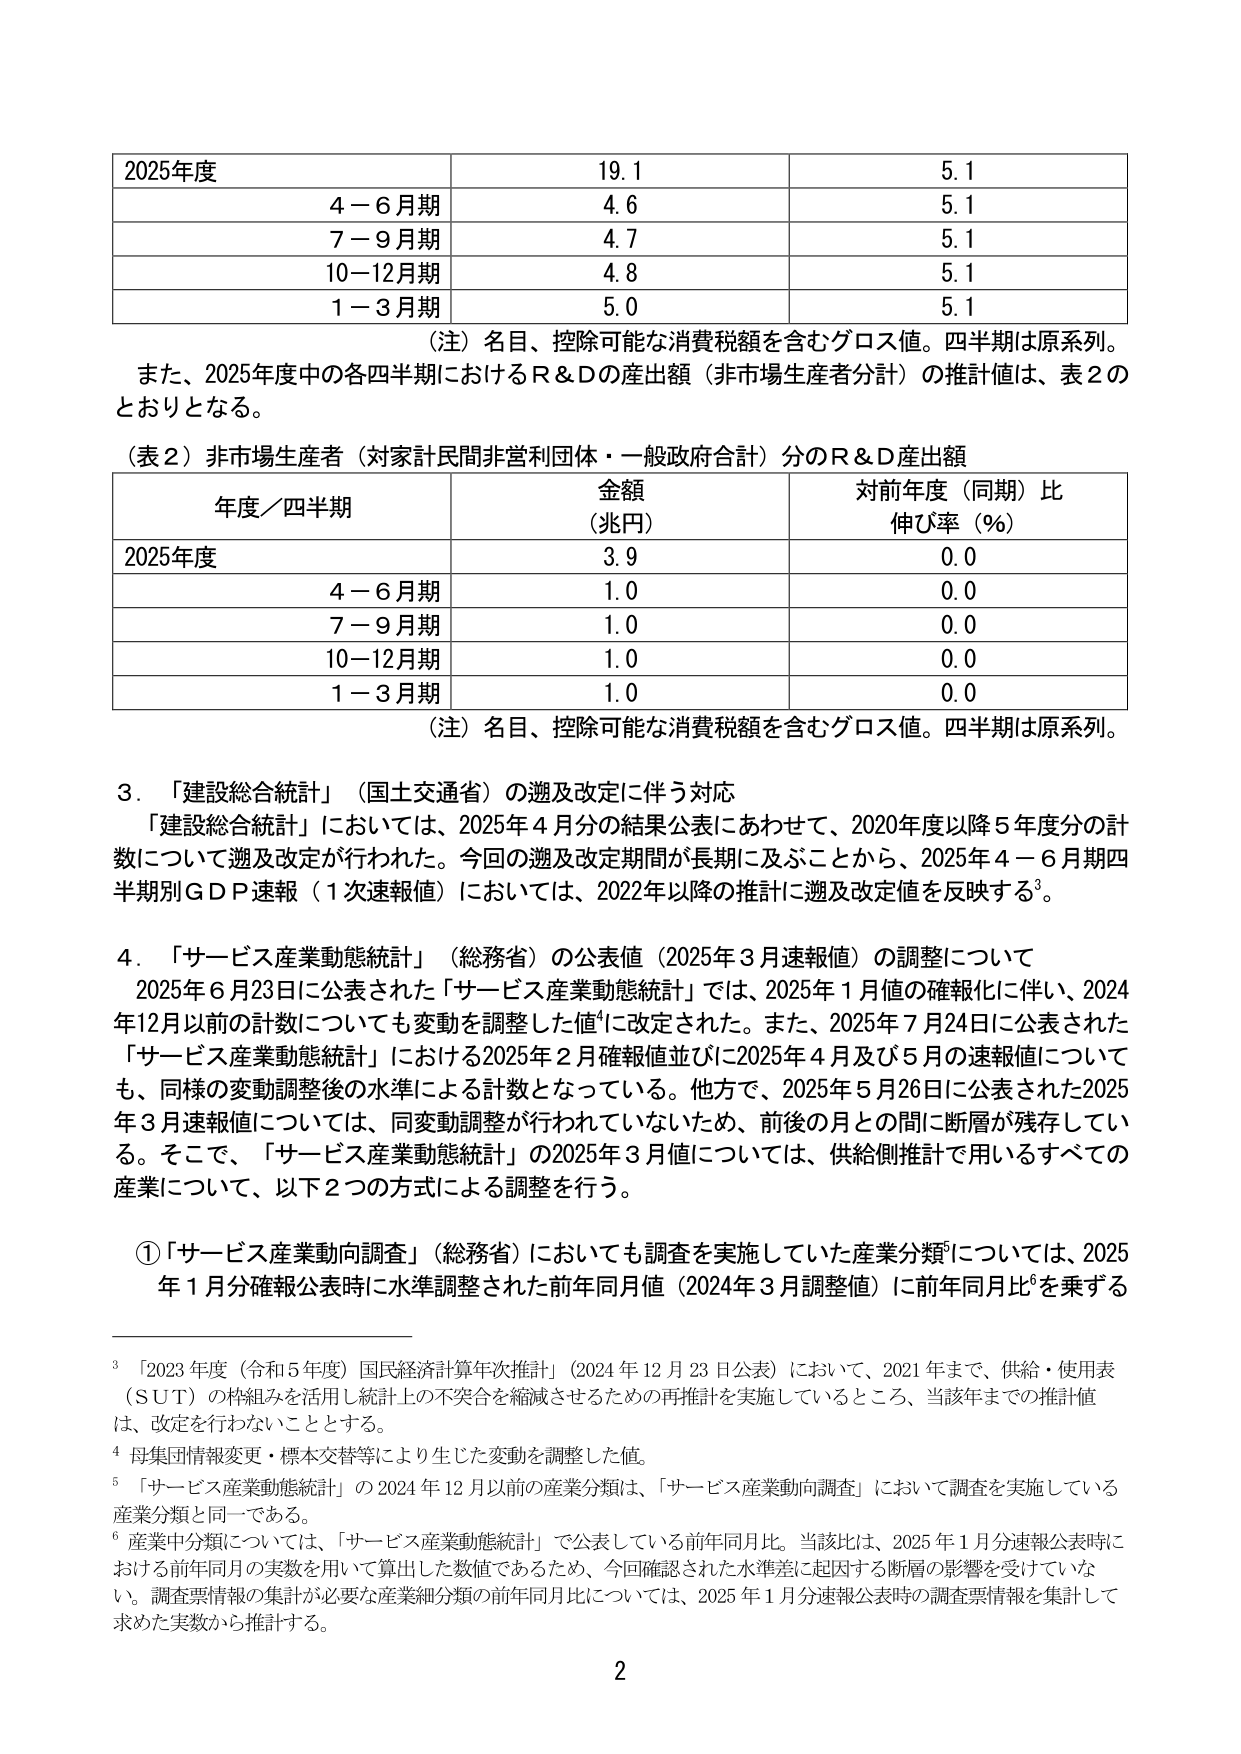
2025年度 19.1 5.1
4－6月期 4.6 5.1
7－9月期 4.7 5.1
10－12月期 4.8 5.1
1－3月期 5.0 5.1
（注）名目、控除可能な消費税額を含むグロス値。四半期は原系列。
また、2025年度中の各四半期におけるR＆Dの産出額（非市場生産者分計）の推計値は、表2のとおりとなる。
（表2）非市場生産者（対家計民間非営利団体・一般政府合計）分のR＆D産出額
年度／四半期 金額（兆円） 対前年度（同期）比伸び率（％）
2025年度 3.9 0.0
4－6月期 1.0 0.0
7－9月期 1.0 0.0
10－12月期 1.0 0.0
1－3月期 1.0 0.0
（注）名目、控除可能な消費税額を含むグロス値。四半期は原系列。
3．「建設総合統計」（国土交通省）の遡及改定に伴う対応
「建設総合統計」においては、2025年4月分の結果公表にあわせて、2020年度以降5年度分の計数について遡及改定が行われた。今回の遡及改定期間が長期に及ぶことから、2025年4－6月期四半期別GDP速報（1次速報値）においては、2022年以降の推計に遡及改定値を反映する³。
4．「サービス産業動態統計」（総務省）の公表値（2025年3月速報値）の調整について
2025年6月23日に公表された「サービス産業動態統計」では、2025年1月値の確報化に伴い、2024年12月以前の計数についても変動を調整した値⁴に改定された。また、2025年7月24日に公表された「サービス産業動態統計」における2025年2月確報値並びに2025年4月及び5月の速報値についても、同様の変動調整後の水準による計数となっている。他方で、2025年5月26日に公表された2025年3月速報値については、同変動調整が行われていないため、前後の月との間に断層が残存している。そこで、「サービス産業動態統計」の2025年3月値については、供給側推計で用いるすべての産業について、以下2つの方式による調整を行う。
①「サービス産業動向調査」（総務省）においても調査を実施していた産業分類⁵については、2025年1月分確報公表時に水準調整された前年同月値（2024年3月調整値）に前年同月比を乗ずる
³「2023年度（令和5年度）国民経済計算年次推計」（2024年12月23日公表）において、2021年まで、供給・使用表（SUT）の枠組みを活用し統計上の不突合を縮減させるための再推計を実施しているところ、当該年までの推計値は、改定を行わないこととする。
⁴母集団情報変更・標本交替等により生じた変動を調整した値。
⁵「サービス産業動態統計」の2024年12月以前の産業分類は、「サービス産業動向調査」において調査を実施している産業分類と同一である。
⁶産業中分類については、「サービス産業動態統計」で公表している前年同月比。当該比は、2025年1月分速報公表時における前年同月の実数を用いて算出した数値であるため、今回確認された水準差に起因する断層の影響を受けていない。調査票情報の集計が必要な産業細分類の前年同月比については、2025年1月分速報公表時の調査票情報を集計して求めた実数から推計する。
2